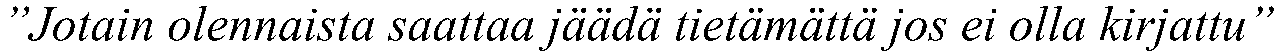
”Jotain olennaista saattaa jäädä tietämättä jos ei olla kirjattu”